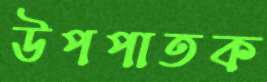
উপপাতক